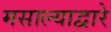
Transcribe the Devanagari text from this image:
मसाल्याद्वारे